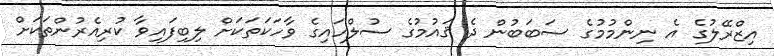
އިޒްރޭލުގެ އެ ނިންމުމުގެ ސަބަބުން ދެ ޤައުމުގެ ސުލްހައިގެ ވާހަކަތަކަށް ލިބިފައިވާ ކުރިއެރުންތަކަށް